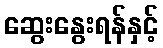
ဆွေးနွေးရန်နှင့်